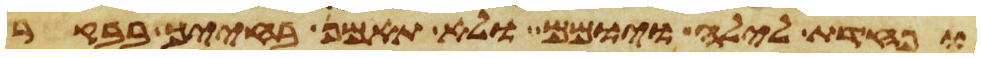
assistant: ופחדת לילה ויומם ולא תאמן בחייך בבקר